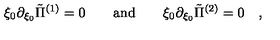
\xi _ { 0 } \partial _ { \xi _ { 0 } } \tilde { \Pi } ^ { ( 1 ) } = 0 \qquad \mathrm { a n d } \qquad \xi _ { 0 } \partial _ { \xi _ { 0 } } \tilde { \Pi } ^ { ( 2 ) } = 0 \quad ,